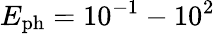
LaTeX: {E_{\mathrm{ph}}}=10^{-1}-10^{2}